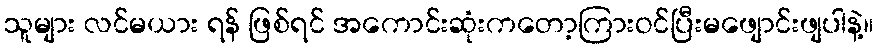
သူများ လင်မယား ရန် ဖြစ်ရင် အကောင်းဆုံးကတော့ကြားဝင်ပြီးမဖျောင်းဖျပါနဲ့။